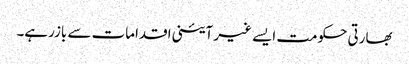
بھارتی حکومت ایسے غیر آئینی اقدامات سے بازرہے۔